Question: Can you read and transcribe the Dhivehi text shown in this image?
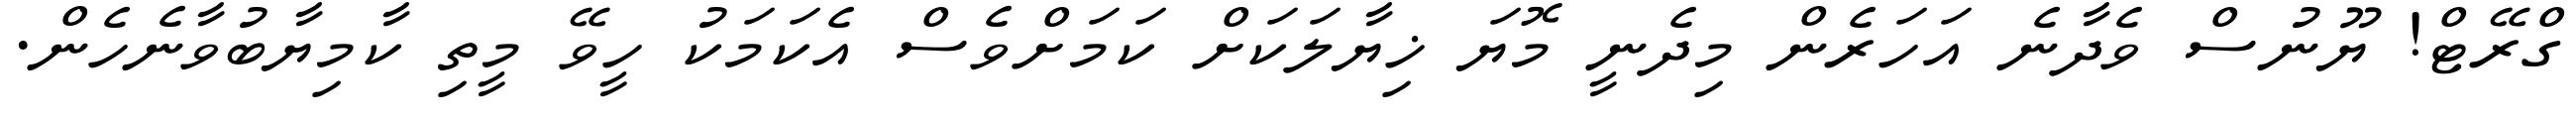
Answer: ގްރޭޓް! ޔޫނުސް ވެދާނެ އަހަރެން މިދެނީ މޮޔަ ޚިޔާލަކަށް ކަމަށްވެސް އެކަމަކު ހީވޭ މީތި ކާމިޔާބުވާނެހެން.